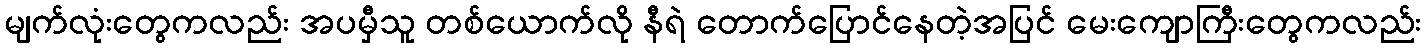
မျက်လုံးတွေကလည်း အပမှီသူ တစ်ယောက်လို နီရဲ တောက်ပြောင်နေတဲ့အပြင် မေးကျောကြီးတွေကလည်း